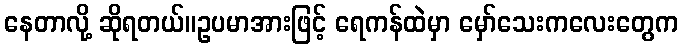
နေတာလို့ ဆိုရတယ်။ဥပမာအားဖြင့် ရေကန်ထဲမှာ မှော်သေးကလေးတွေက